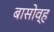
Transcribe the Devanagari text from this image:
बासोव्ह